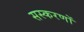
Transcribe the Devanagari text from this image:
सस्करणों